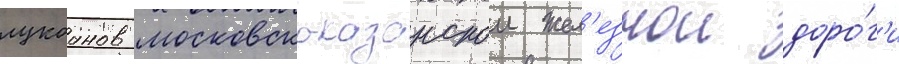
лукоанов московско-казанскои жел'езнои доро́г'и